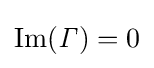
\operatorname {Im} ({\mathit {\Gamma }})=0